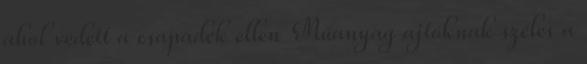
ahol védett a csapadék ellen Műanyag ajtóknak széles a